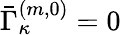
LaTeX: \bar{\Gamma}_{\kappa}^{(m,0)}=0